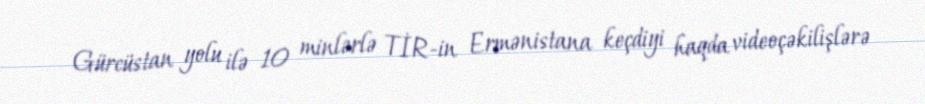
Gürcüstan yolu ilə 10 minlərlə TİR-in Ermənistana keçdiyi haqda videoçəkilişlərə